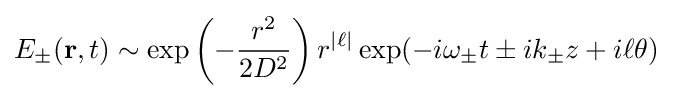
E_{\pm }(\mathbf {r} ,t)\sim \exp \left(-{\frac {r^{2}}{2D^{2}}}\right)r^{|\ell |}\exp(-i\omega _{\pm }t\pm ik_{\pm }z+i\ell \theta )